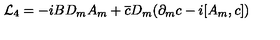
{ \cal L } _ { 4 } = - i B D _ { m } A _ { m } + \overline { c } D _ { m } ( \partial _ { m } c - i [ A _ { m } , c ] )